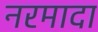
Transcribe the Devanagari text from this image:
नरमादा